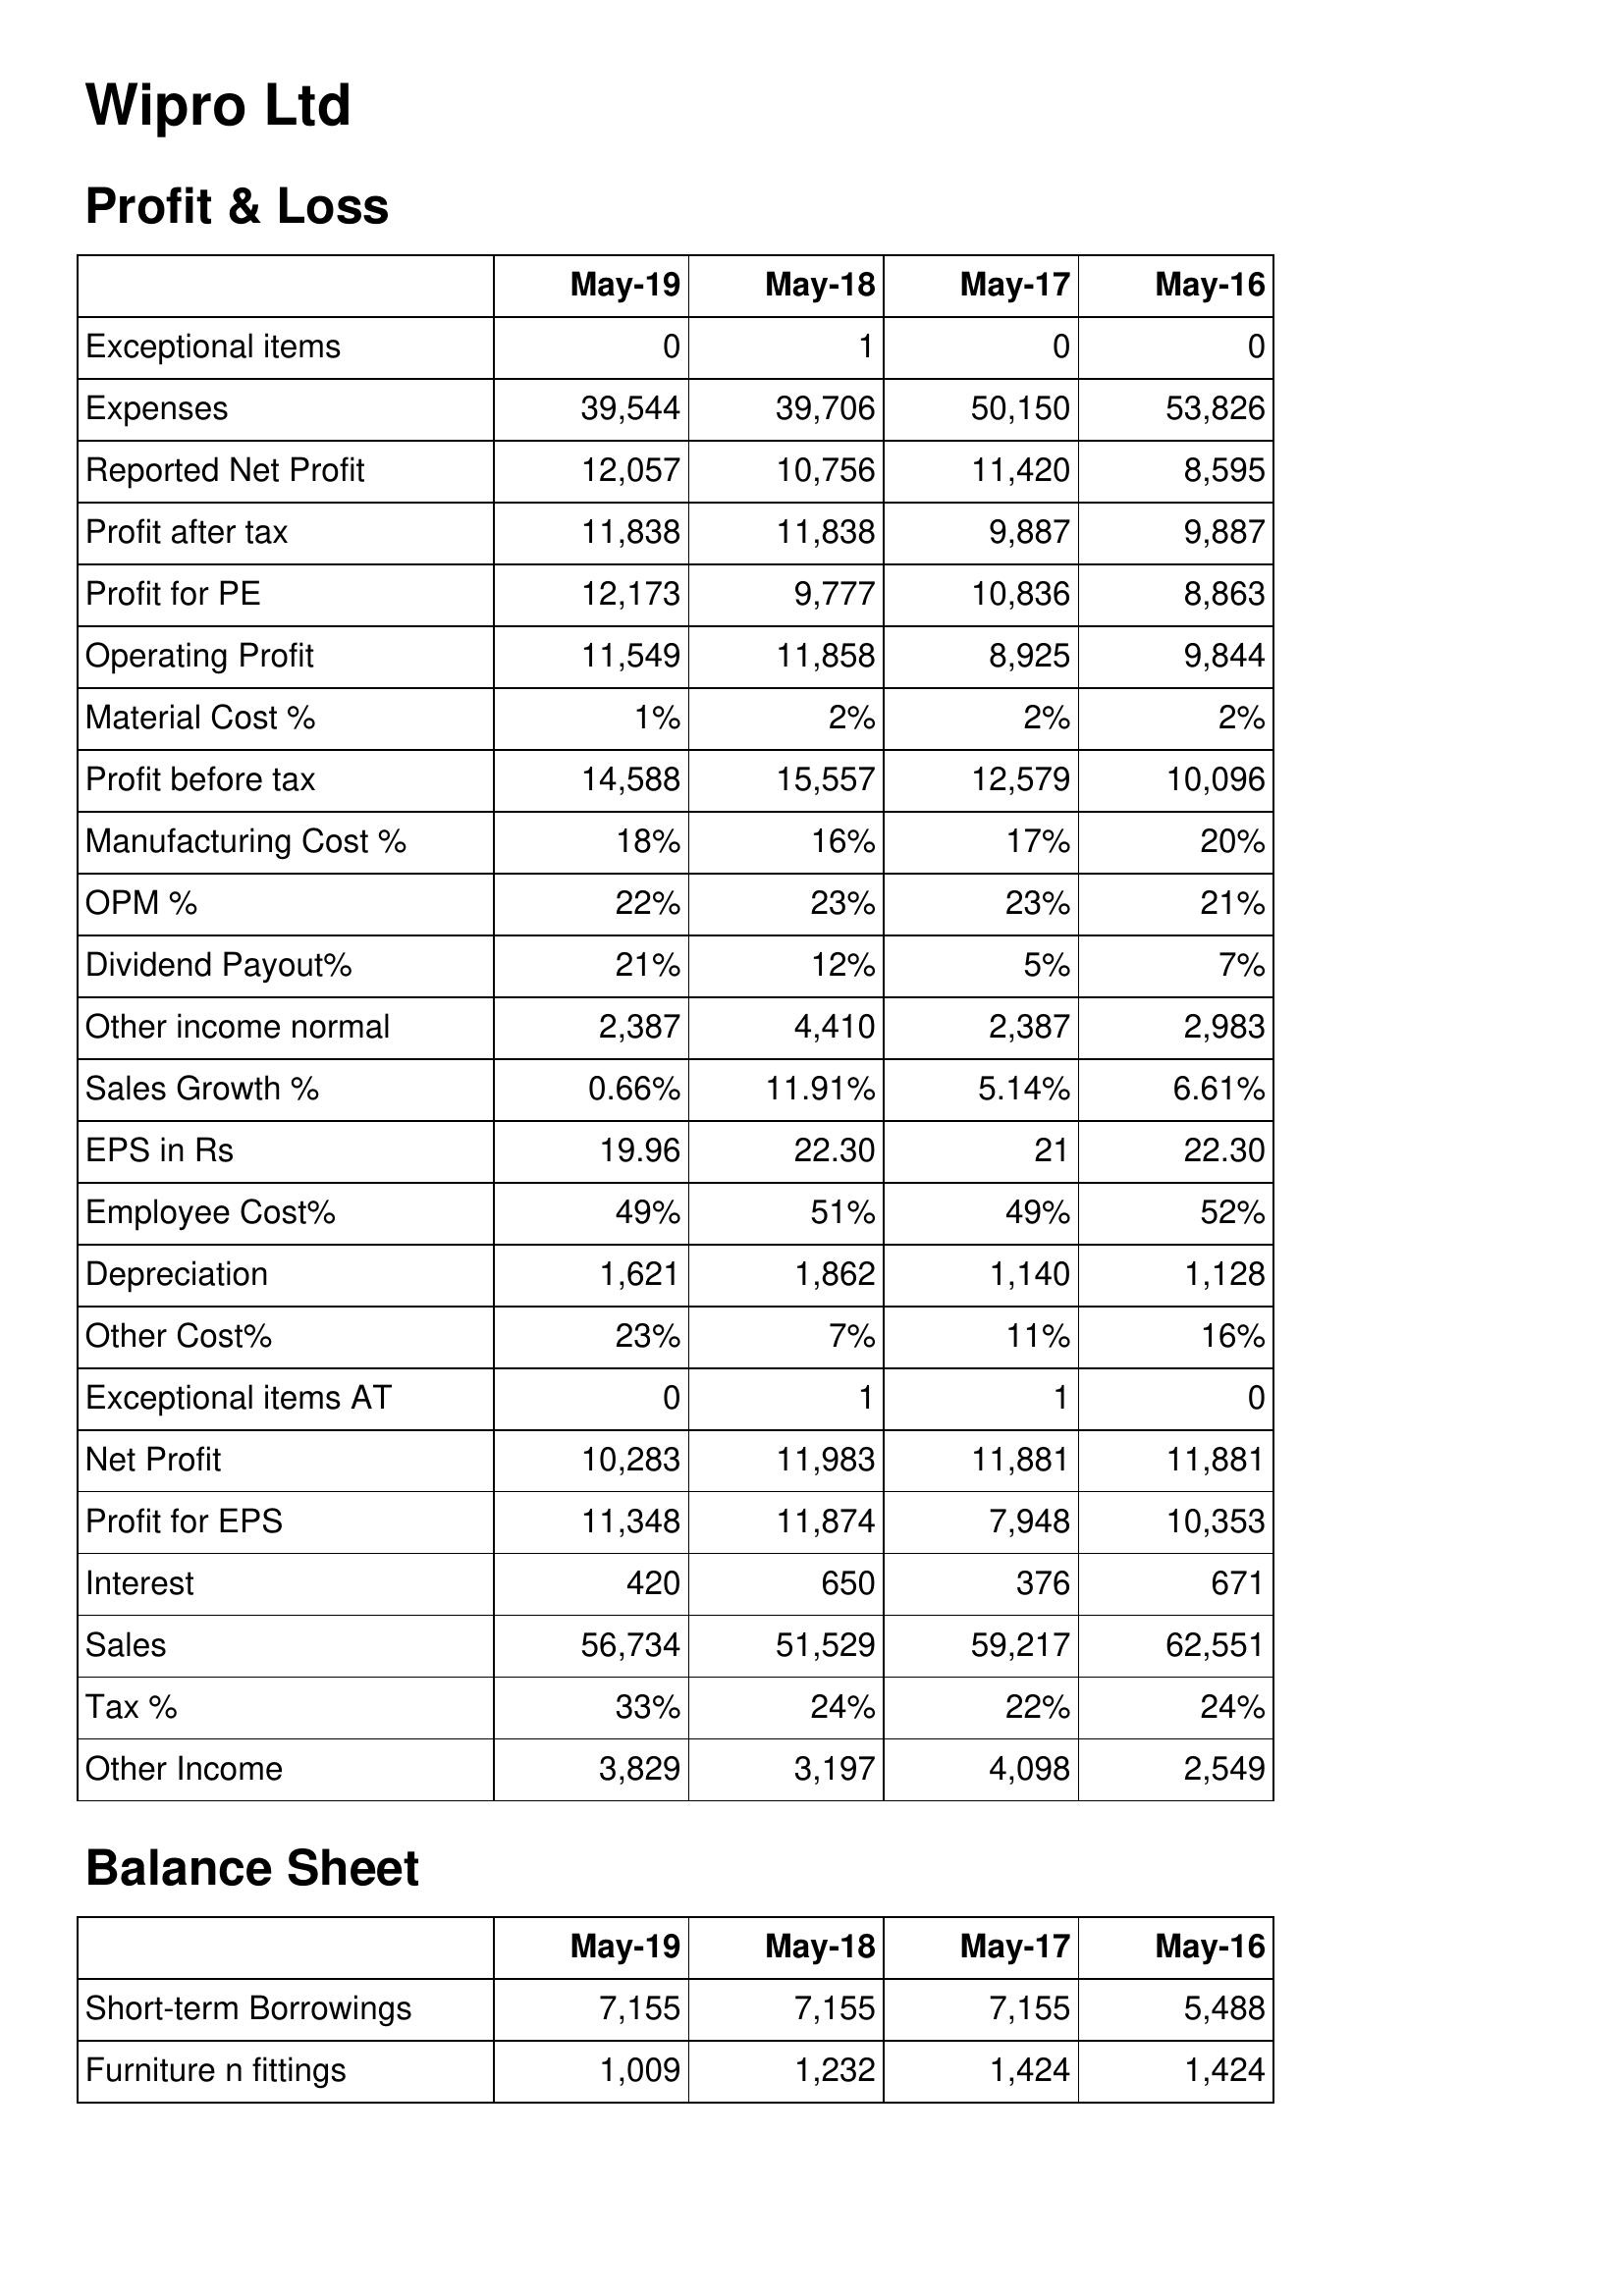
May-19: Profit & Loss: Exceptional items: 0
Expenses: 39,544
Reported Net Profit: 12,057
Profit after tax: 11,838
Profit for PE: 12,173
Operating Profit: 11,549
Material Cost %: 1%
Profit before tax: 14,588
Manufacturing Cost %: 18%
OPM %: 22%
Dividend Payout%: 21%
Other income normal: 2,387
Sales Growth %: 0.66%
EPS in Rs: 19.96
Employee Cost%: 49%
Depreciation: 1,621
Other Cost%: 23%
Exceptional items AT: 0
Net Profit: 10,283
Profit for EPS: 11,348
Interest: 420
Sales: 56,734
Tax %: 33%
Other Income: 3,829
Balance Sheet: Short-term Borrowings: 7,155
Furniture n fittings: 1,009
May-18: Profit & Loss: Exceptional items: 1
Expenses: 39,706
Reported Net Profit: 10,756
Profit after tax: 11,838
Profit for PE: 9,777
Operating Profit: 11,858
Material Cost %: 2%
Profit before tax: 15,557
Manufacturing Cost %: 16%
OPM %: 23%
Dividend Payout%: 12%
Other income normal: 4,410
Sales Growth %: 11.91%
EPS in Rs: 22.30
Employee Cost%: 51%
Depreciation: 1,862
Other Cost%: 7%
Exceptional items AT: 1
Net Profit: 11,983
Profit for EPS: 11,874
Interest: 650
Sales: 51,529
Tax %: 24%
Other Income: 3,197
Balance Sheet: Short-term Borrowings: 7,155
Furniture n fittings: 1,232
May-17: Profit & Loss: Exceptional items: 0
Expenses: 50,150
Reported Net Profit: 11,420
Profit after tax: 9,887
Profit for PE: 10,836
Operating Profit: 8,925
Material Cost %: 2%
Profit before tax: 12,579
Manufacturing Cost %: 17%
OPM %: 23%
Dividend Payout%: 5%
Other income normal: 2,387
Sales Growth %: 5.14%
EPS in Rs: 21
Employee Cost%: 49%
Depreciation: 1,140
Other Cost%: 11%
Exceptional items AT: 1
Net Profit: 11,881
Profit for EPS: 7,948
Interest: 376
Sales: 59,217
Tax %: 22%
Other Income: 4,098
Balance Sheet: Short-term Borrowings: 7,155
Furniture n fittings: 1,424
May-16: Profit & Loss: Exceptional items: 0
Expenses: 53,826
Reported Net Profit: 8,595
Profit after tax: 9,887
Profit for PE: 8,863
Operating Profit: 9,844
Material Cost %: 2%
Profit before tax: 10,096
Manufacturing Cost %: 20%
OPM %: 21%
Dividend Payout%: 7%
Other income normal: 2,983
Sales Growth %: 6.61%
EPS in Rs: 22.30
Employee Cost%: 52%
Depreciation: 1,128
Other Cost%: 16%
Exceptional items AT: 0
Net Profit: 11,881
Profit for EPS: 10,353
Interest: 671
Sales: 62,551
Tax %: 24%
Other Income: 2,549
Balance Sheet: Short-term Borrowings: 5,488
Furniture n fittings: 1,424